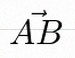
\vec{AB}